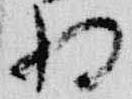
将